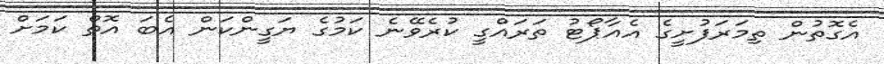
އެގޮތުން ތިމަރަފުށީގެ އެއާޕޯޓު ތަރައްގީ ކުރެވޭނެ ކަމުގެ ޔަގީންކަން އެބަ އޮތް ކަމަށް